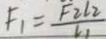
F _ { 1 } = \frac { F _ { 2 } l _ { 2 } } { v _ { 1 } }